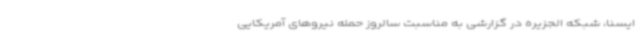
ایسنا، شبکه الجزیره در گزارشی به مناسبت سالروز حمله نیروهای آمریکایی